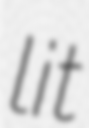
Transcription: lit